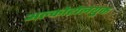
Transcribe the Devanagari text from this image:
अल्कोहोलयुक्त